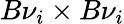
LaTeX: B{\nu}_{i}\times B{\nu}_{i}